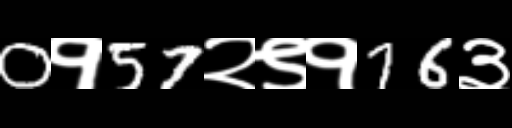
Text: 0१57२९१76३